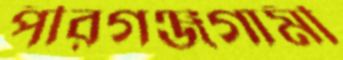
পীরগঞ্জগামী